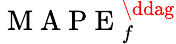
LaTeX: \mathrm{~M~A~P~E~}_{f}^{\ddag}